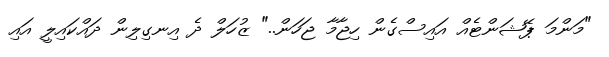
"މަންމަ ޕޭޝަންޓެއް އައިސްގެން ހިޖާމާ ޖަހަން.." ޒުހަލް ދެ އިނގިލިން ދައްކައިލީ އައި